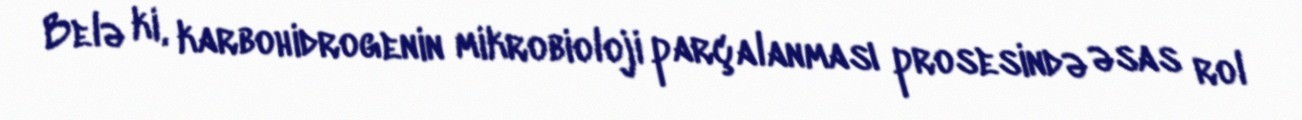
Belə ki, karbohidrogenin mikrobioloji parçalanması prosesində əsas rol